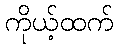
ကိုယ့်ထက်